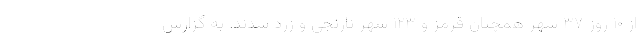
از ۱۰ روز ۳۷ شهر همچنان قرمز و ۱۲۳ شهر نارنجی و زرد شدند. به گزارش